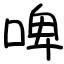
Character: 啤